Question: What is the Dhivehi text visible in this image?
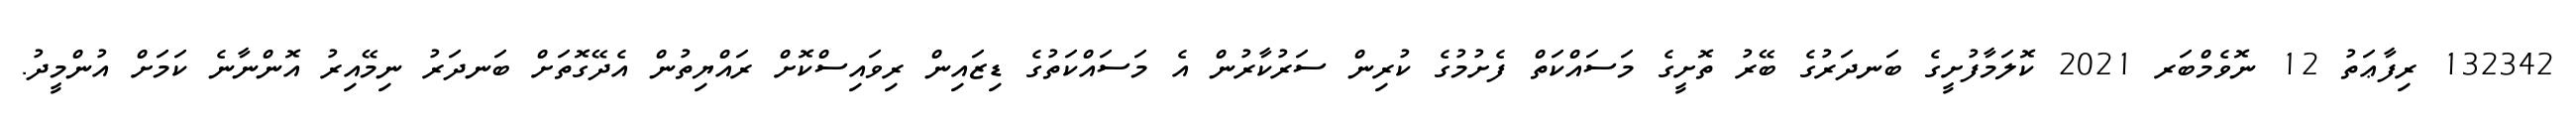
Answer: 132342 ރިފާޢަތު 12 ނޮވެމްބަރ 2021 ކޮލަމާފުށީގެ ބަނދަރުގެ ބޭރު ތޮށީގެ މަސައްކަތް ފެށުމުގެ ކުރިން ސަރުކާރުން އެ މަސައްކަތުގެ ޑިޒައިން ރިވައިސްކޮށް ރައްޔިތުން އެދޭގޮތަށް ބަނދަރު ނިމޭއިރު އޮންނާނެ ކަމަށް އުންމީދު.